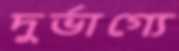
দুর্ভাগ্যে